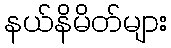
နယ်နိမိတ်များ